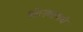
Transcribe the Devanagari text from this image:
बोलवायचं